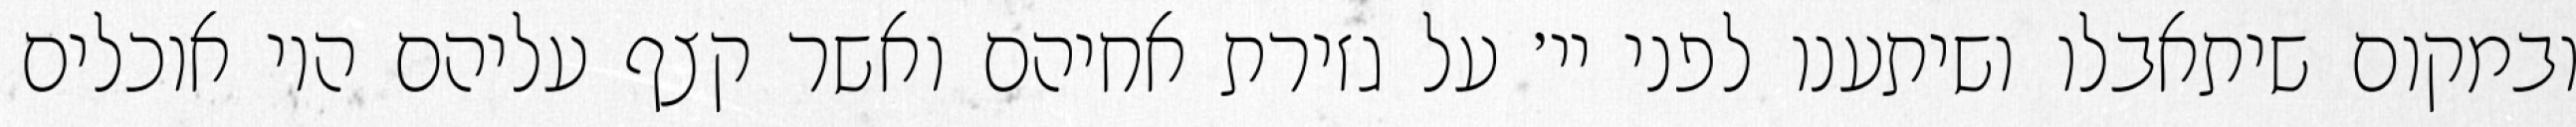
ובמקום שיתאבלו ושיתענו לפני יי׳ על גזירת אחיהם ואשר קצף עליהם היו אוכלים